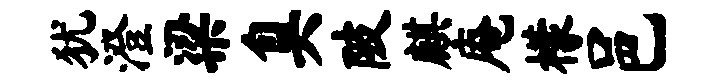
犹澄梁臭陂麒庵檬邑